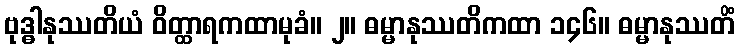
ဗုဒ္ဓါနုဿတိယံ ဝိတ္ထာရကထာမုခံ။ ၂။ ဓမ္မာနုဿတိကထာ ၁၄၆။ ဓမ္မာနုဿတိံ